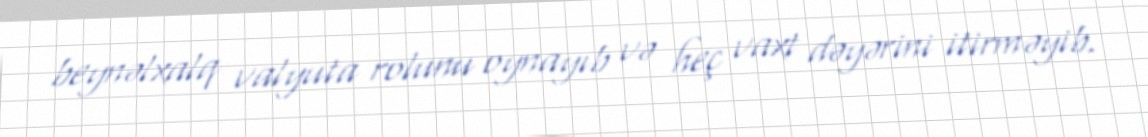
beynəlxalq valyuta rolunu oynayıb və heç vaxt dəyərini itirməyib.